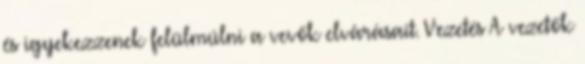
és igyekezzenek felülmúlni a vevők elvárásait. Vezetés A vezetők